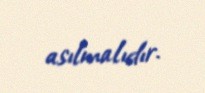
asılmalıdır.